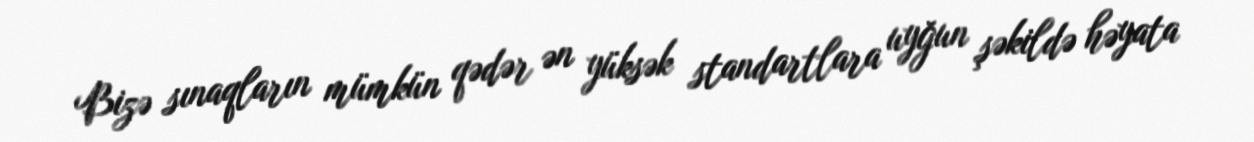
Bizə sınaqların mümkün qədər ən yüksək standartlara uyğun şəkildə həyata